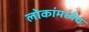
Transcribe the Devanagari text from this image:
लोकांमध्येच